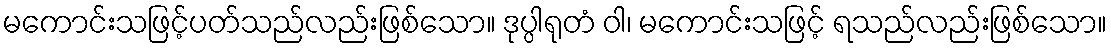
မကောင်းသဖြင့်ပတ်သည်လည်းဖြစ်သော။ ဒုပ္ပါရုတံ ဝါ၊ မကောင်းသဖြင့် ရသည်လည်းဖြစ်သော။